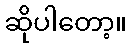
ဆိုပါတော့။